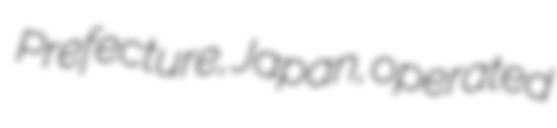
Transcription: Prefecture, Japan, operated